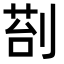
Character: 𭃵